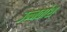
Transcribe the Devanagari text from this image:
उन्‍नतांश